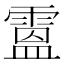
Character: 𩄅